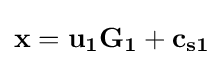
\mathbf {x=u_{1}G_{1}+c_{s1}}